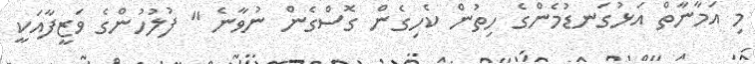
މި އަމާނާތް އަޅުގަނޑުމެންގެ ހިތުން ކެހިގެން ގޮސްގެން ނުވާނެ " ފުލުހުންގެ ވަޒީފާއަކީ